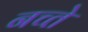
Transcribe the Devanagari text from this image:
नच्ते